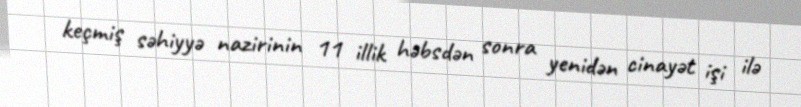
keçmiş səhiyyə nazirinin 11 illik həbsdən sonra yenidən cinayət işi ilə